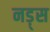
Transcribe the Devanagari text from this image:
नड़्स